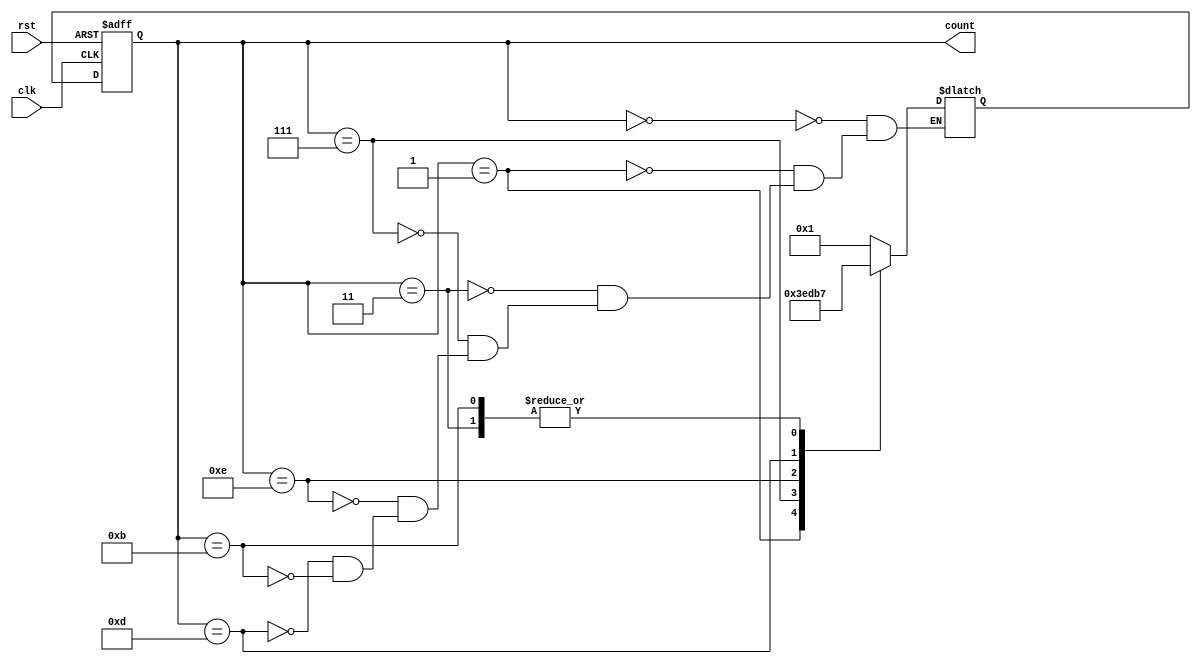
module johnson_counter (
    input clk,
    input rst,
    output reg [3:0] count
);

reg [3:0] next_count;

always @(posedge clk or negedge rst) begin
    if (!rst) begin
        count <= 4'b0000;
    end else begin
        count <= next_count;
    end
end

always @* begin
    case (count)
        4'b0000: next_count = 4'b0001;
        4'b0001: next_count = 4'b0011;
        4'b0011: next_count = 4'b0111;
        4'b0111: next_count = 4'b1110;
        4'b1110: next_count = 4'b1101;
        4'b1101: next_count = 4'b1011;
        4'b1011: next_count = 4'b0111;
    endcase
end

endmodule